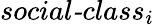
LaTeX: \textit{social-class}_{i}